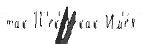
так П'ек'и́н как Им'е́я